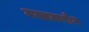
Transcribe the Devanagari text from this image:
मस्तकरोग